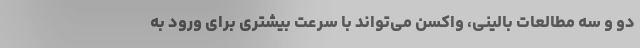
دو و سه مطالعات بالینی، واکسن می‌تواند با سرعت بیشتری برای ورود به